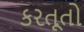
કરતૂતો